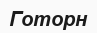
Готорн